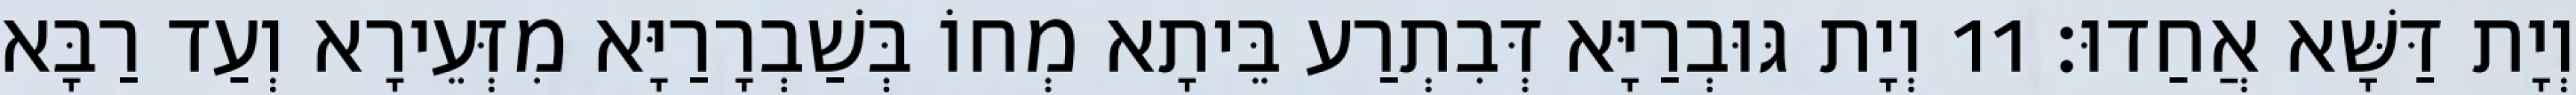
וְיָת דַּשָּׁא אֲחַדוּ׃ 11 וְיָת גּוּבְרַיָּא דְּבִתְרַע בֵּיתָא מְחוֹ בְּשַׁבְרָרַיָּא מִזְּעֵירָא וְעַד רַבָּא